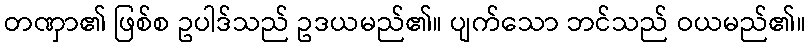
တဏှာ၏ ဖြစ်စ ဥပါဒ်သည် ဥဒယမည်၏။ ပျက်သော ဘင်သည် ဝယမည်၏။